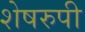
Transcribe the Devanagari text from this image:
शेषरुपी